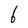
Character: b